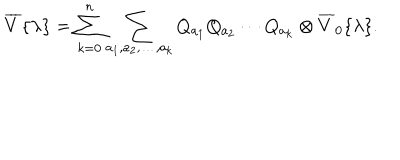
LaTeX: \overline { { { V } } } { \{ } \lambda { \} } = \sum _ { k = 0 } ^ { n } \sum _ { a _ { 1 } , a _ { 2 } , \ldots , a _ { k } } Q _ { a _ { 1 } } Q _ { a _ { 2 } } \cdots Q _ { a _ { k } } \otimes \overline { { { V } } } _ { 0 } { \{ } \lambda { \} } .